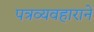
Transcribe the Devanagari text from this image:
पत्रव्यवहाराने